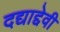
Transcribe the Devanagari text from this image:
दद्याद्देवी